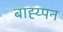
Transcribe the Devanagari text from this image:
बाह्य्पन